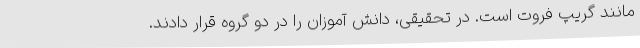
مانند گریپ فروت است. در تحقیقی، دانش آموزان را در دو گروه قرار دادند.